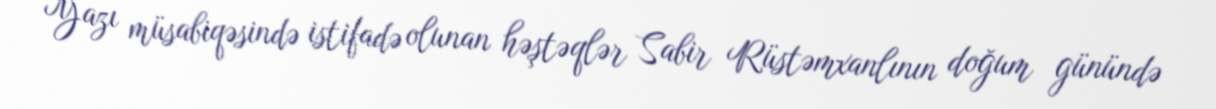
Yazı müsabiqəsində istifadə olunan həştəqlər Sabir Rüstəmxanlının doğum günündə